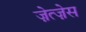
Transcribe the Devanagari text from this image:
ज़ेत्ज़ेस